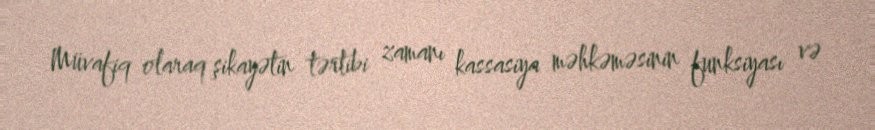
Müvafiq olaraq şikayətin tərtibi zamanı kassasiya məhkəməsinin funksiyası və